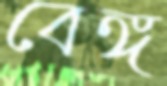
বেঙ্গ